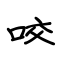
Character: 咬